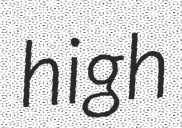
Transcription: high